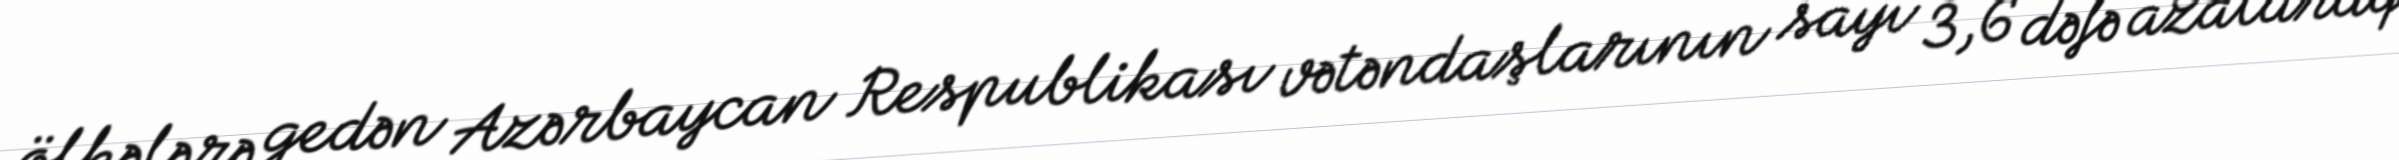
ölkələrə gedən Azərbaycan Respublikası vətəndaşlarının sayı 3,6 dəfə azalaraq